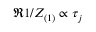
\Re { 1 / Z _ { ( 1 ) } } \propto \tau _ { j }